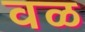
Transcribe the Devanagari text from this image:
वळ